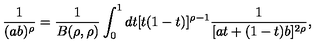
\frac { 1 } { ( a b ) ^ { \rho } } = \frac { 1 } { B ( \rho , \rho ) } \int _ { 0 } ^ { 1 } d t [ t ( 1 - t ) ] ^ { \rho - 1 } \frac { 1 } { [ a t + ( 1 - t ) b ] ^ { 2 \rho } } ,